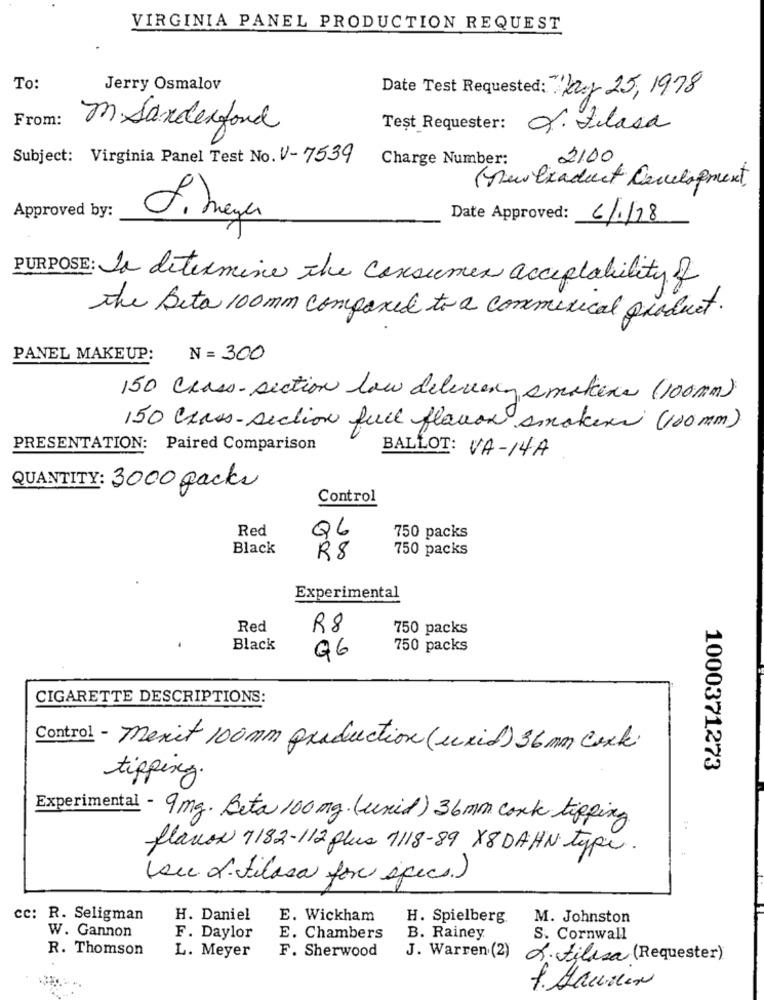
VIRGINIA PANEL PRODUCTION REQUEST
To:
Jerry Osmalov
Date Test Requested: " Kay 25, 1978
From:
m Sanderfond
Test Requester: X. Flasa
Subject: Virginia Panel Test No. V-7539
Charge Number:
2100
(newlixaduct Cancelognext
Approved by:
J. meyer
Date Approved: 6/1/18
PURPOSE: To determine the consumer acceptability of
the Beta 100 mm compared to a commerical product.
PANEL MAKEUP:
N= 300
150 Class-section low delivery smokers (100mm)
150 Class-section full flavor smaken (100mm)
PRESENTATION: Paired Comparison
BALLOT: VA-14A
QUANTITY: 3000 packs
Control
Red
Q6
750 packs
Black
750 packs
R$
Experimental
Red
R8
750 packs
Black
750 packs
Q6
CIGARETTE DESCRIPTIONS:
Control - mexit 100mm production (unid) 36mm Cork
1000371273
tipping.
Experimental - 9mg. Beta 100 mg. (unid) 36 mm cork tipping
flavor 7182-112 plus 1118-89 X8DAHN type.
(su. d. tilosa for specs.)
cc: R. Seligman
H. Daniel
E. Wickham
H. Spielberg.
M. Johnston
W. Gannon
F. Daylor
E. Chambers
B. Rainey
S. Cornwall
R. Thomson
L. Meyer
F. Sherwood
J. Warren (2) S. tilasa (Requester)